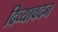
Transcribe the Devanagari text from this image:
दिव्‍यावदन